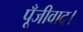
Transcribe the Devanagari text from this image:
पूँजीवाद।